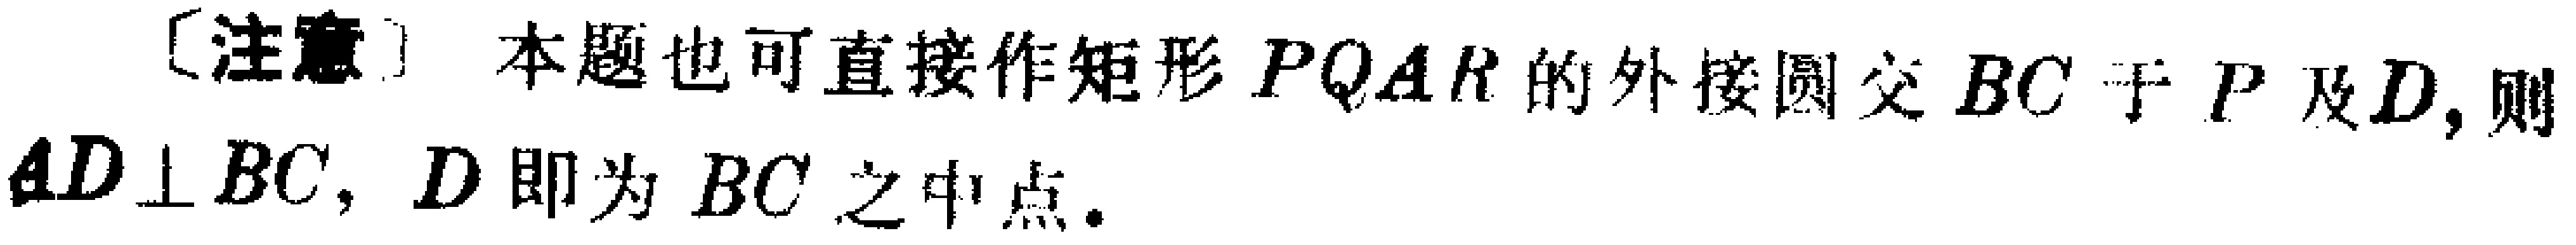
[注意] 本题也可直接作矩形 \(PQAR\) 的外接圆交 \(BC\) 于 \(P\) 及 \(D\), 则 \(AD\perp BC\), \(D\) 即为 \(BC\) 之中点.